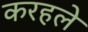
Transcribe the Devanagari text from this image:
करहले